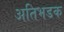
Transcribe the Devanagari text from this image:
अतिभडक